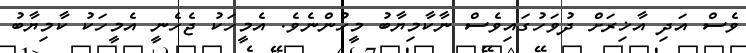
ވެސް އަދި އާޚިރަށް ދުވަހުގައިވެސް ނާކާމިޔާބު މީހުންނެވެ. އެމީހަކު ޖެހެނީ އެމީހަކު ކާމިޔާބު